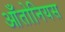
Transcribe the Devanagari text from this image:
आँतोनियस